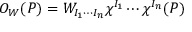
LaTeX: { \cal O } _ { W } ( P ) = W _ { I _ { 1 } \cdots I _ { n } } \chi ^ { I _ { 1 } } \cdots \chi ^ { I _ { n } } ( P )